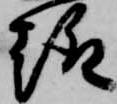
趣